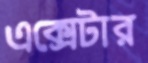
এক্সেটার